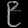
Digit: ၉